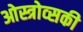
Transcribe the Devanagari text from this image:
ओस्त्रोव्सकी